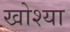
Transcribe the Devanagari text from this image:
खोश्या